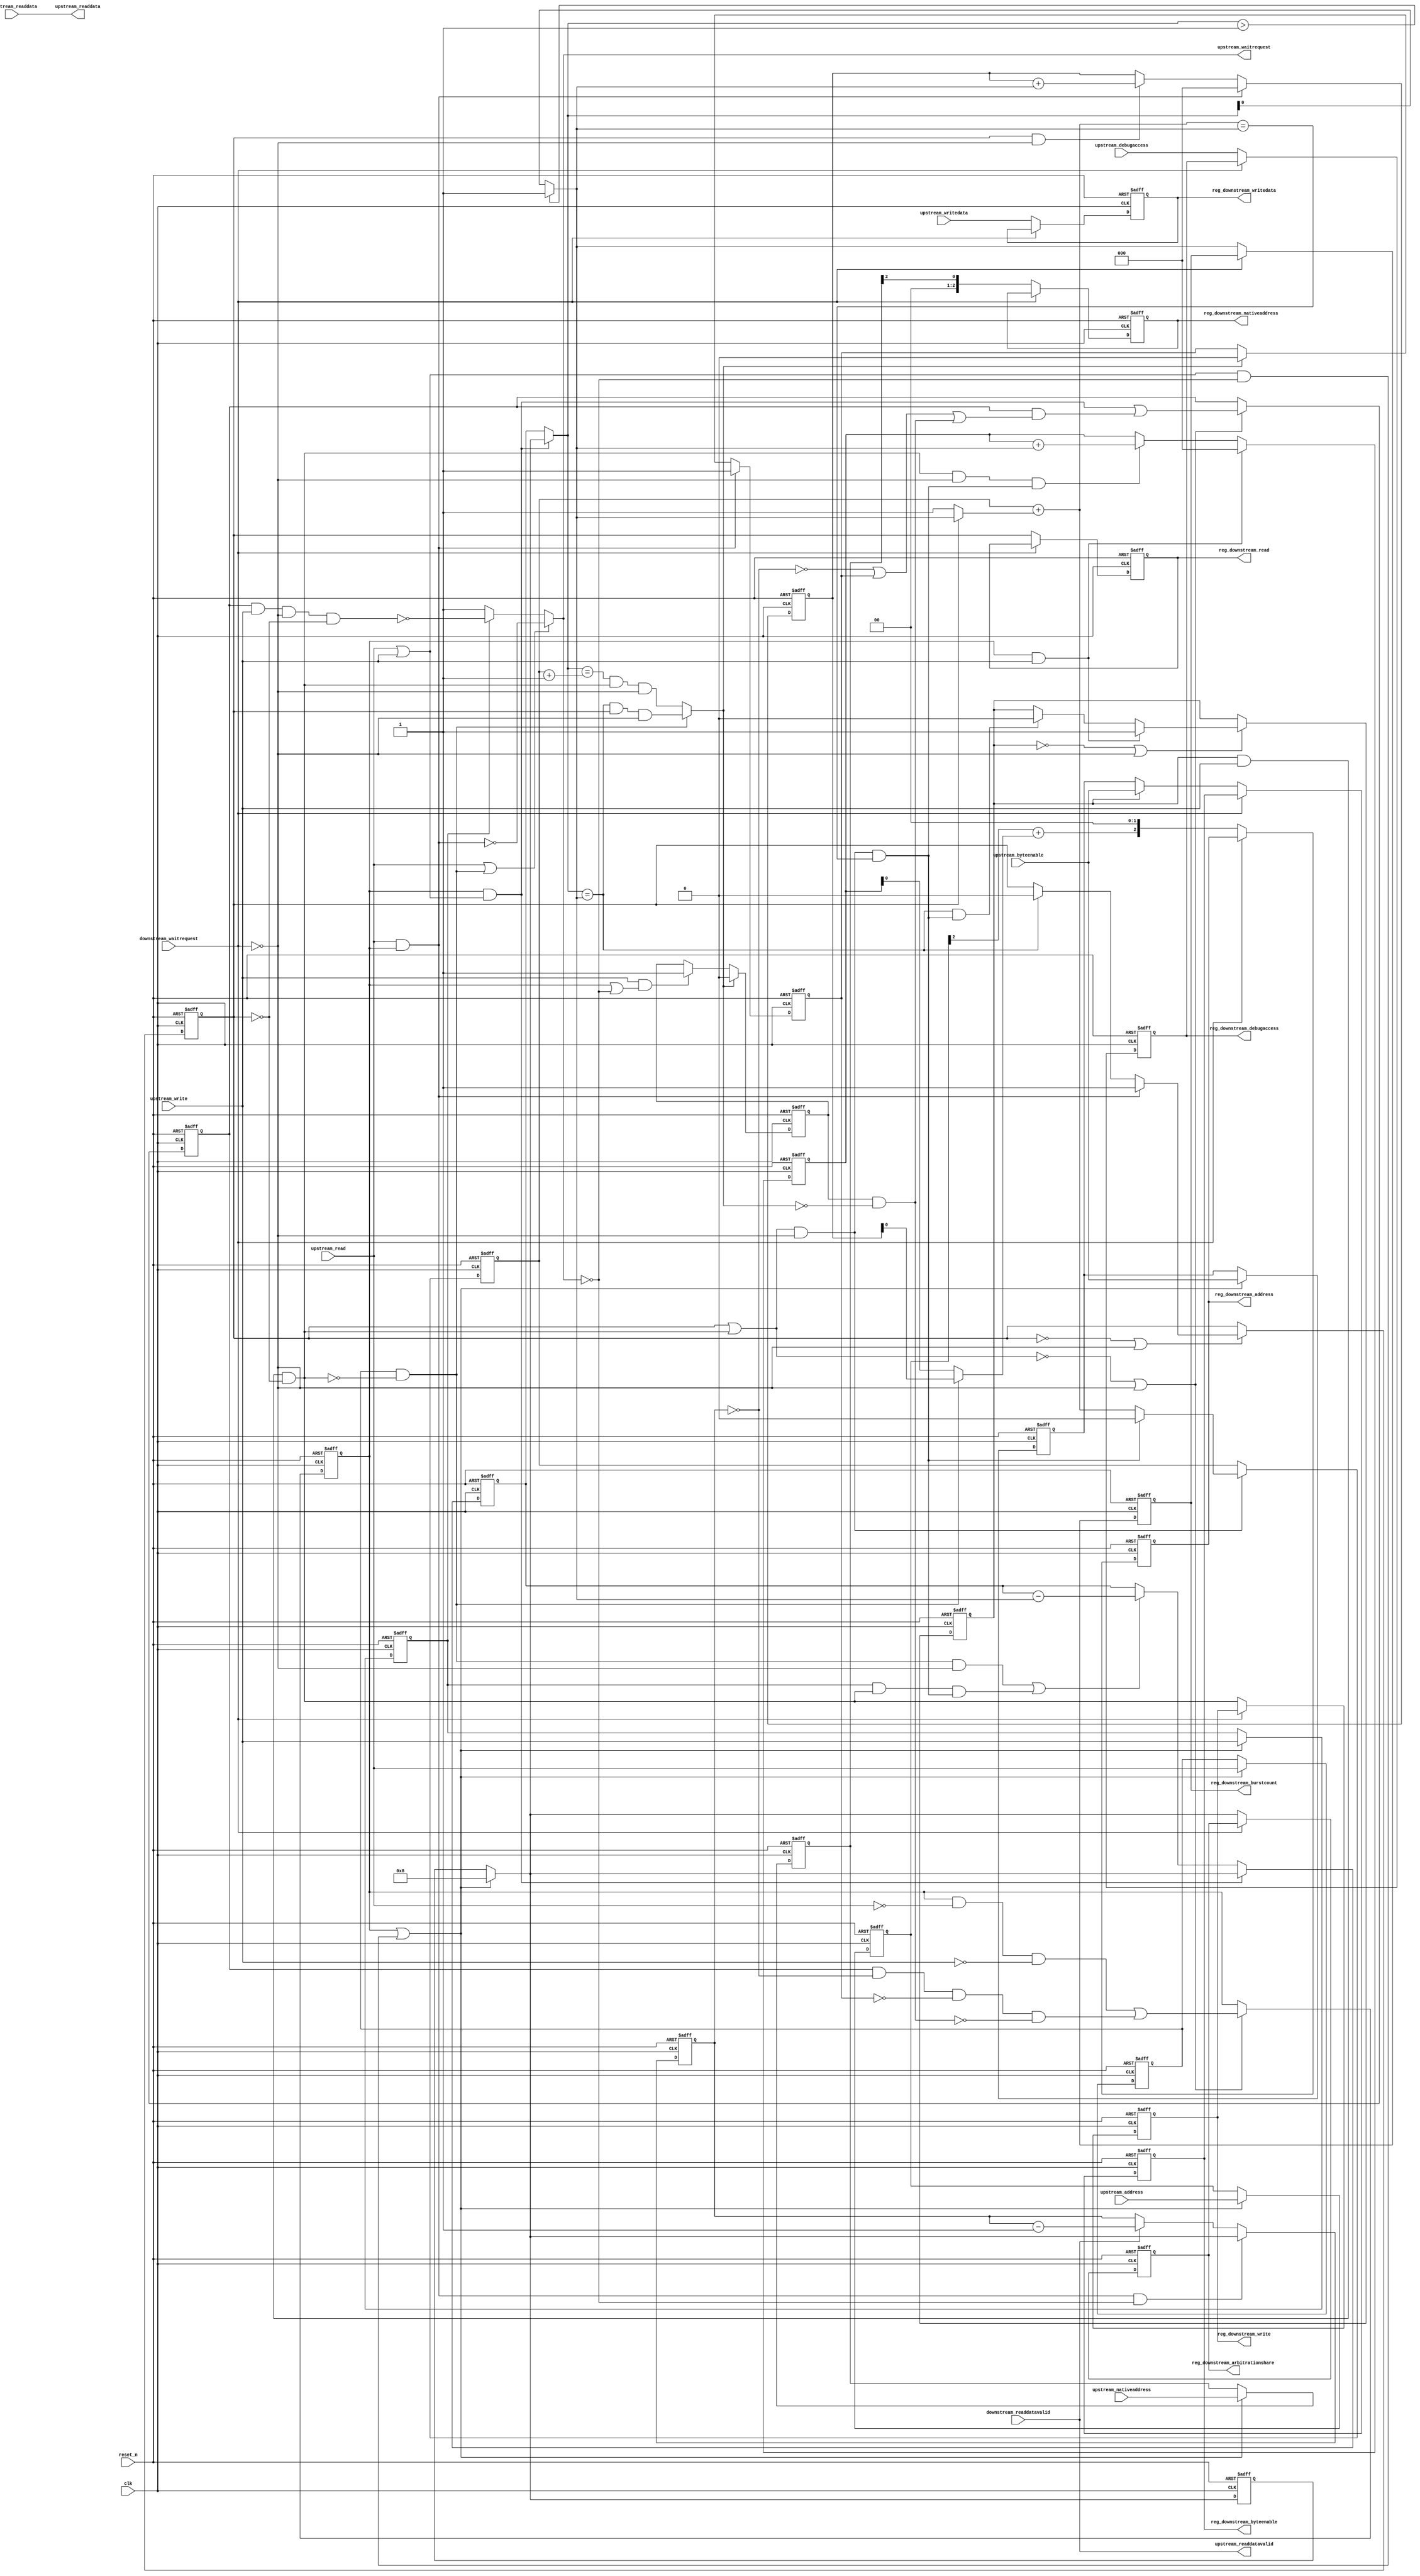
module new_work_burst_1 (
                          // inputs:
                           clk,
                           downstream_readdata,
                           downstream_readdatavalid,
                           downstream_waitrequest,
                           reset_n,
                           upstream_address,
                           upstream_byteenable,
                           upstream_debugaccess,
                           upstream_nativeaddress,
                           upstream_read,
                           upstream_write,
                           upstream_writedata,

                          // outputs:
                           reg_downstream_address,
                           reg_downstream_arbitrationshare,
                           reg_downstream_burstcount,
                           reg_downstream_byteenable,
                           reg_downstream_debugaccess,
                           reg_downstream_nativeaddress,
                           reg_downstream_read,
                           reg_downstream_write,
                           reg_downstream_writedata,
                           upstream_readdata,
                           upstream_readdatavalid,
                           upstream_waitrequest
                        )
;

  output  [  2: 0] reg_downstream_address;
  output  [  3: 0] reg_downstream_arbitrationshare;
  output           reg_downstream_burstcount;
  output  [  3: 0] reg_downstream_byteenable;
  output           reg_downstream_debugaccess;
  output  [  2: 0] reg_downstream_nativeaddress;
  output           reg_downstream_read;
  output           reg_downstream_write;
  output  [ 31: 0] reg_downstream_writedata;
  output  [ 31: 0] upstream_readdata;
  output           upstream_readdatavalid;
  output           upstream_waitrequest;
  input            clk;
  input   [ 31: 0] downstream_readdata;
  input            downstream_readdatavalid;
  input            downstream_waitrequest;
  input            reset_n;
  input   [  4: 0] upstream_address;
  input   [  3: 0] upstream_byteenable;
  input            upstream_debugaccess;
  input   [  2: 0] upstream_nativeaddress;
  input            upstream_read;
  input            upstream_write;
  input   [ 31: 0] upstream_writedata;

  wire    [  2: 0] address_offset;
  reg              atomic_counter;
  wire    [  2: 0] burst_offset;
  wire    [  4: 0] current_upstream_address;
  wire    [  3: 0] current_upstream_burstcount;
  wire             current_upstream_read;
  wire             current_upstream_write;
  reg     [  3: 0] data_counter;
  wire    [  3: 0] dbs_adjusted_upstream_burstcount;
  wire    [  2: 0] downstream_address;
  wire    [  4: 0] downstream_address_base;
  wire    [  3: 0] downstream_arbitrationshare;
  wire             downstream_burstcount;
  wire             downstream_burstdone;
  wire    [  3: 0] downstream_byteenable;
  wire             downstream_debugaccess;
  wire    [  2: 0] downstream_nativeaddress;
  reg              downstream_read;
  wire             downstream_write;
  reg              downstream_write_reg;
  wire    [ 31: 0] downstream_writedata;
  wire             enable_state_change;
  wire             fifo_empty;
  wire             max_burst_size;
  wire             p1_atomic_counter;
  wire             p1_fifo_empty;
  wire             p1_state_busy;
  wire             p1_state_idle;
  wire             pending_register_enable;
  wire             pending_upstream_read;
  reg              pending_upstream_read_reg;
  wire             pending_upstream_write;
  reg              pending_upstream_write_reg;
  reg     [  2: 0] read_address_offset;
  wire             read_update_count;
  wire    [  3: 0] read_write_dbs_adjusted_upstream_burstcount;
  reg     [  2: 0] reg_downstream_address;
  reg     [  3: 0] reg_downstream_arbitrationshare;
  reg              reg_downstream_burstcount;
  reg     [  3: 0] reg_downstream_byteenable;
  reg              reg_downstream_debugaccess;
  reg     [  2: 0] reg_downstream_nativeaddress;
  reg              reg_downstream_read;
  reg              reg_downstream_write;
  reg     [ 31: 0] reg_downstream_writedata;
  reg     [  3: 0] registered_read_write_dbs_adjusted_upstream_burstcount;
  reg     [  4: 0] registered_upstream_address;
  reg     [  3: 0] registered_upstream_burstcount;
  reg     [  3: 0] registered_upstream_byteenable;
  reg     [  2: 0] registered_upstream_nativeaddress;
  reg              registered_upstream_read;
  reg              registered_upstream_write;
  reg              state_busy;
  reg              state_idle;
  wire             sync_nativeaddress;
  wire    [  3: 0] transactions_remaining;
  reg     [  3: 0] transactions_remaining_reg;
  wire             update_count;
  wire             upstream_burstdone;
  wire             upstream_read_run;
  wire    [ 31: 0] upstream_readdata;
  wire             upstream_readdatavalid;
  wire             upstream_waitrequest;
  wire             upstream_write_run;
  reg     [  2: 0] write_address_offset;
  wire             write_update_count;
  assign sync_nativeaddress = |upstream_nativeaddress;
  //downstream, which is an e_avalon_master
  //upstream, which is an e_avalon_slave
  assign upstream_burstdone = current_upstream_read ? (transactions_remaining == downstream_burstcount) & downstream_read & ~downstream_waitrequest : (transactions_remaining == (atomic_counter + 1)) & downstream_write & ~downstream_waitrequest;
  assign p1_atomic_counter = atomic_counter + (downstream_read ? downstream_burstcount : 1);
  assign downstream_burstdone = (downstream_read | downstream_write) & ~downstream_waitrequest & (p1_atomic_counter == downstream_burstcount);
  assign dbs_adjusted_upstream_burstcount = pending_register_enable ? read_write_dbs_adjusted_upstream_burstcount : registered_read_write_dbs_adjusted_upstream_burstcount;
  assign read_write_dbs_adjusted_upstream_burstcount = 4'h8;
  always @(posedge clk or negedge reset_n)
    begin
      if (reset_n == 0)
          registered_read_write_dbs_adjusted_upstream_burstcount <= 0;
      else if (pending_register_enable)
          registered_read_write_dbs_adjusted_upstream_burstcount <= read_write_dbs_adjusted_upstream_burstcount;
    end


  assign p1_state_idle = state_idle & ~upstream_read & ~upstream_write | state_busy & (data_counter == 0) & p1_fifo_empty & ~pending_upstream_read & ~pending_upstream_write;
  assign p1_state_busy = state_idle & (upstream_read | upstream_write) | state_busy & (~(data_counter == 0) | ~p1_fifo_empty | pending_upstream_read | pending_upstream_write);
  assign enable_state_change = ~(downstream_read | downstream_write) | ~downstream_waitrequest;
  always @(posedge clk or negedge reset_n)
    begin
      if (reset_n == 0)
          pending_upstream_read_reg <= 0;
      else if (upstream_read & state_idle)
          pending_upstream_read_reg <= -1;
      else if (upstream_burstdone)
          pending_upstream_read_reg <= 0;
    end


  always @(posedge clk or negedge reset_n)
    begin
      if (reset_n == 0)
          pending_upstream_write_reg <= 0;
      else if (upstream_burstdone)
          pending_upstream_write_reg <= 0;
      else if (upstream_write & (state_idle | ~upstream_waitrequest))
          pending_upstream_write_reg <= -1;
    end


  always @(posedge clk or negedge reset_n)
    begin
      if (reset_n == 0)
          state_idle <= 1;
      else if (enable_state_change)
          state_idle <= p1_state_idle;
    end


  always @(posedge clk or negedge reset_n)
    begin
      if (reset_n == 0)
          state_busy <= 0;
      else if (enable_state_change)
          state_busy <= p1_state_busy;
    end


  assign pending_upstream_read = pending_upstream_read_reg;
  assign pending_upstream_write = pending_upstream_write_reg & ~upstream_burstdone;
  assign pending_register_enable = state_idle | ((upstream_read | upstream_write) & ~upstream_waitrequest);
  always @(posedge clk or negedge reset_n)
    begin
      if (reset_n == 0)
          registered_upstream_read <= 0;
      else if (pending_register_enable)
          registered_upstream_read <= upstream_read;
    end


  always @(posedge clk or negedge reset_n)
    begin
      if (reset_n == 0)
          registered_upstream_write <= 0;
      else if (pending_register_enable)
          registered_upstream_write <= upstream_write;
    end


  always @(posedge clk or negedge reset_n)
    begin
      if (reset_n == 0)
          registered_upstream_burstcount <= 0;
      else if (pending_register_enable)
          registered_upstream_burstcount <= 4'h8;
    end


  always @(posedge clk or negedge reset_n)
    begin
      if (reset_n == 0)
          registered_upstream_address <= 0;
      else if (pending_register_enable)
          registered_upstream_address <= upstream_address;
    end


  always @(posedge clk or negedge reset_n)
    begin
      if (reset_n == 0)
          registered_upstream_nativeaddress <= 0;
      else if (pending_register_enable)
          registered_upstream_nativeaddress <= upstream_nativeaddress;
    end


  assign current_upstream_read = registered_upstream_read & !downstream_write;
  assign current_upstream_write = registered_upstream_write;
  assign current_upstream_address = registered_upstream_address;
  assign current_upstream_burstcount = pending_register_enable ? 4'h8 : registered_upstream_burstcount;
  always @(posedge clk or negedge reset_n)
    begin
      if (reset_n == 0)
          atomic_counter <= 0;
      else if ((downstream_read | downstream_write) & ~downstream_waitrequest)
          atomic_counter <= downstream_burstdone ? 0 : p1_atomic_counter;
    end


  assign read_update_count = current_upstream_read & ~downstream_waitrequest;
  assign write_update_count = current_upstream_write & downstream_write & downstream_burstdone;
  assign update_count = read_update_count | write_update_count;
  assign transactions_remaining = (state_idle & (upstream_read | upstream_write)) ? dbs_adjusted_upstream_burstcount : transactions_remaining_reg;
  always @(posedge clk or negedge reset_n)
    begin
      if (reset_n == 0)
          transactions_remaining_reg <= 0;
      else 
        transactions_remaining_reg <= (state_idle & (upstream_read | upstream_write)) ? dbs_adjusted_upstream_burstcount : update_count ? transactions_remaining_reg - downstream_burstcount : transactions_remaining_reg;
    end


  always @(posedge clk or negedge reset_n)
    begin
      if (reset_n == 0)
          data_counter <= 0;
      else 
        data_counter <= state_idle & upstream_read & ~upstream_waitrequest ?  dbs_adjusted_upstream_burstcount : downstream_readdatavalid ? data_counter - 1 : data_counter;
    end


  assign max_burst_size = 1;
  assign downstream_burstcount = (transactions_remaining > max_burst_size) ? max_burst_size : transactions_remaining;
  assign downstream_arbitrationshare = current_upstream_read ? (dbs_adjusted_upstream_burstcount) : dbs_adjusted_upstream_burstcount;
  always @(posedge clk or negedge reset_n)
    begin
      if (reset_n == 0)
          write_address_offset <= 0;
      else 
        write_address_offset <= state_idle & upstream_write ? 0 : ((downstream_write & ~downstream_waitrequest & downstream_burstdone)) ? write_address_offset + downstream_burstcount : write_address_offset;
    end


  always @(posedge clk or negedge reset_n)
    begin
      if (reset_n == 0)
          read_address_offset <= 0;
      else 
        read_address_offset <= state_idle & upstream_read ? 0 : (downstream_read & ~downstream_waitrequest) ? read_address_offset + downstream_burstcount : read_address_offset;
    end


  assign downstream_nativeaddress = registered_upstream_nativeaddress >> 2;
  assign address_offset = current_upstream_read ? read_address_offset : write_address_offset;
  assign downstream_address_base = current_upstream_address;
  assign burst_offset = downstream_address_base[4 : 2] + address_offset;
  assign downstream_address = {downstream_address_base[4 : 5],
    burst_offset,
    2'b00};

  always @(posedge clk or negedge reset_n)
    begin
      if (reset_n == 0)
          downstream_read <= 0;
      else if (~downstream_read | ~downstream_waitrequest)
          downstream_read <= state_idle & upstream_read ? 1 : (transactions_remaining == downstream_burstcount) ? 0 : downstream_read;
    end


  assign upstream_readdatavalid = downstream_readdatavalid;
  assign upstream_readdata = downstream_readdata;
  assign fifo_empty = 1;
  assign p1_fifo_empty = 1;
  always @(posedge clk or negedge reset_n)
    begin
      if (reset_n == 0)
          downstream_write_reg <= 0;
      else if (~downstream_write_reg | ~downstream_waitrequest)
          downstream_write_reg <= state_idle & upstream_write ? 1 : ((transactions_remaining == downstream_burstcount) & downstream_burstdone) ? 0 : downstream_write_reg;
    end


  always @(posedge clk or negedge reset_n)
    begin
      if (reset_n == 0)
          registered_upstream_byteenable <= 4'b1111;
      else if (pending_register_enable)
          registered_upstream_byteenable <= upstream_byteenable;
    end


  assign downstream_write = downstream_write_reg & upstream_write & !downstream_read;
  assign downstream_byteenable = downstream_write_reg ? upstream_byteenable : registered_upstream_byteenable;
  assign downstream_writedata = upstream_writedata;
  assign upstream_read_run = state_idle & upstream_read;
  assign upstream_write_run = state_busy & upstream_write & ~downstream_waitrequest & !downstream_read;
  assign upstream_waitrequest = (upstream_read | current_upstream_read) ? ~upstream_read_run : current_upstream_write ? ~upstream_write_run : 1;
  assign downstream_debugaccess = upstream_debugaccess;
  always @(posedge clk or negedge reset_n)
    begin
      if (reset_n == 0)
          reg_downstream_address <= 0;
      else if (~downstream_waitrequest)
          reg_downstream_address <= downstream_address;
    end


  always @(posedge clk or negedge reset_n)
    begin
      if (reset_n == 0)
          reg_downstream_arbitrationshare <= 0;
      else if (~downstream_waitrequest)
          reg_downstream_arbitrationshare <= downstream_arbitrationshare;
    end


  always @(posedge clk or negedge reset_n)
    begin
      if (reset_n == 0)
          reg_downstream_burstcount <= 0;
      else if (~downstream_waitrequest)
          reg_downstream_burstcount <= downstream_burstcount;
    end


  always @(posedge clk or negedge reset_n)
    begin
      if (reset_n == 0)
          reg_downstream_byteenable <= 0;
      else if (~downstream_waitrequest)
          reg_downstream_byteenable <= downstream_byteenable;
    end


  always @(posedge clk or negedge reset_n)
    begin
      if (reset_n == 0)
          reg_downstream_debugaccess <= 0;
      else if (~downstream_waitrequest)
          reg_downstream_debugaccess <= downstream_debugaccess;
    end


  always @(posedge clk or negedge reset_n)
    begin
      if (reset_n == 0)
          reg_downstream_nativeaddress <= 0;
      else if (~downstream_waitrequest)
          reg_downstream_nativeaddress <= downstream_nativeaddress;
    end


  always @(posedge clk or negedge reset_n)
    begin
      if (reset_n == 0)
          reg_downstream_read <= 0;
      else if (~downstream_waitrequest)
          reg_downstream_read <= downstream_read;
    end


  always @(posedge clk or negedge reset_n)
    begin
      if (reset_n == 0)
          reg_downstream_write <= 0;
      else if (~downstream_waitrequest)
          reg_downstream_write <= downstream_write;
    end


  always @(posedge clk or negedge reset_n)
    begin
      if (reset_n == 0)
          reg_downstream_writedata <= 0;
      else if (~downstream_waitrequest)
          reg_downstream_writedata <= downstream_writedata;
    end



endmodule